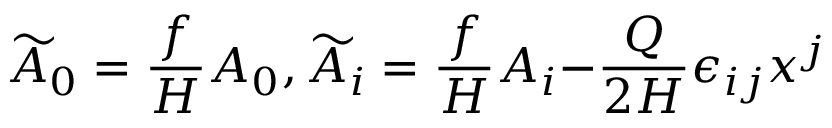
\widetilde { A } _ { 0 } = \frac { f } { H } A _ { 0 } , \widetilde { A } _ { i } = \frac { f } { H } A _ { i } { - } \frac { Q } { 2 H } \epsilon _ { i j } x ^ { j }